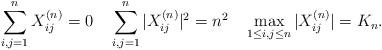
LaTeX: \begin{align*}\sum_{i,j=1}^nX^{(n)}_{ij}=0\quad\sum_{i,j=1}^n|X^{(n)}_{ij}|^2=n^2\quad\max_{1\leq i,j\leq n}|X^{(n)}_{ij}|=K_n.\end{align*}